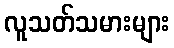
လူသတ်သမားများ